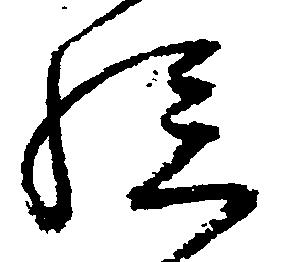
孫